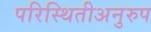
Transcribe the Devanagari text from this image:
परिस्थितीअनुरुप